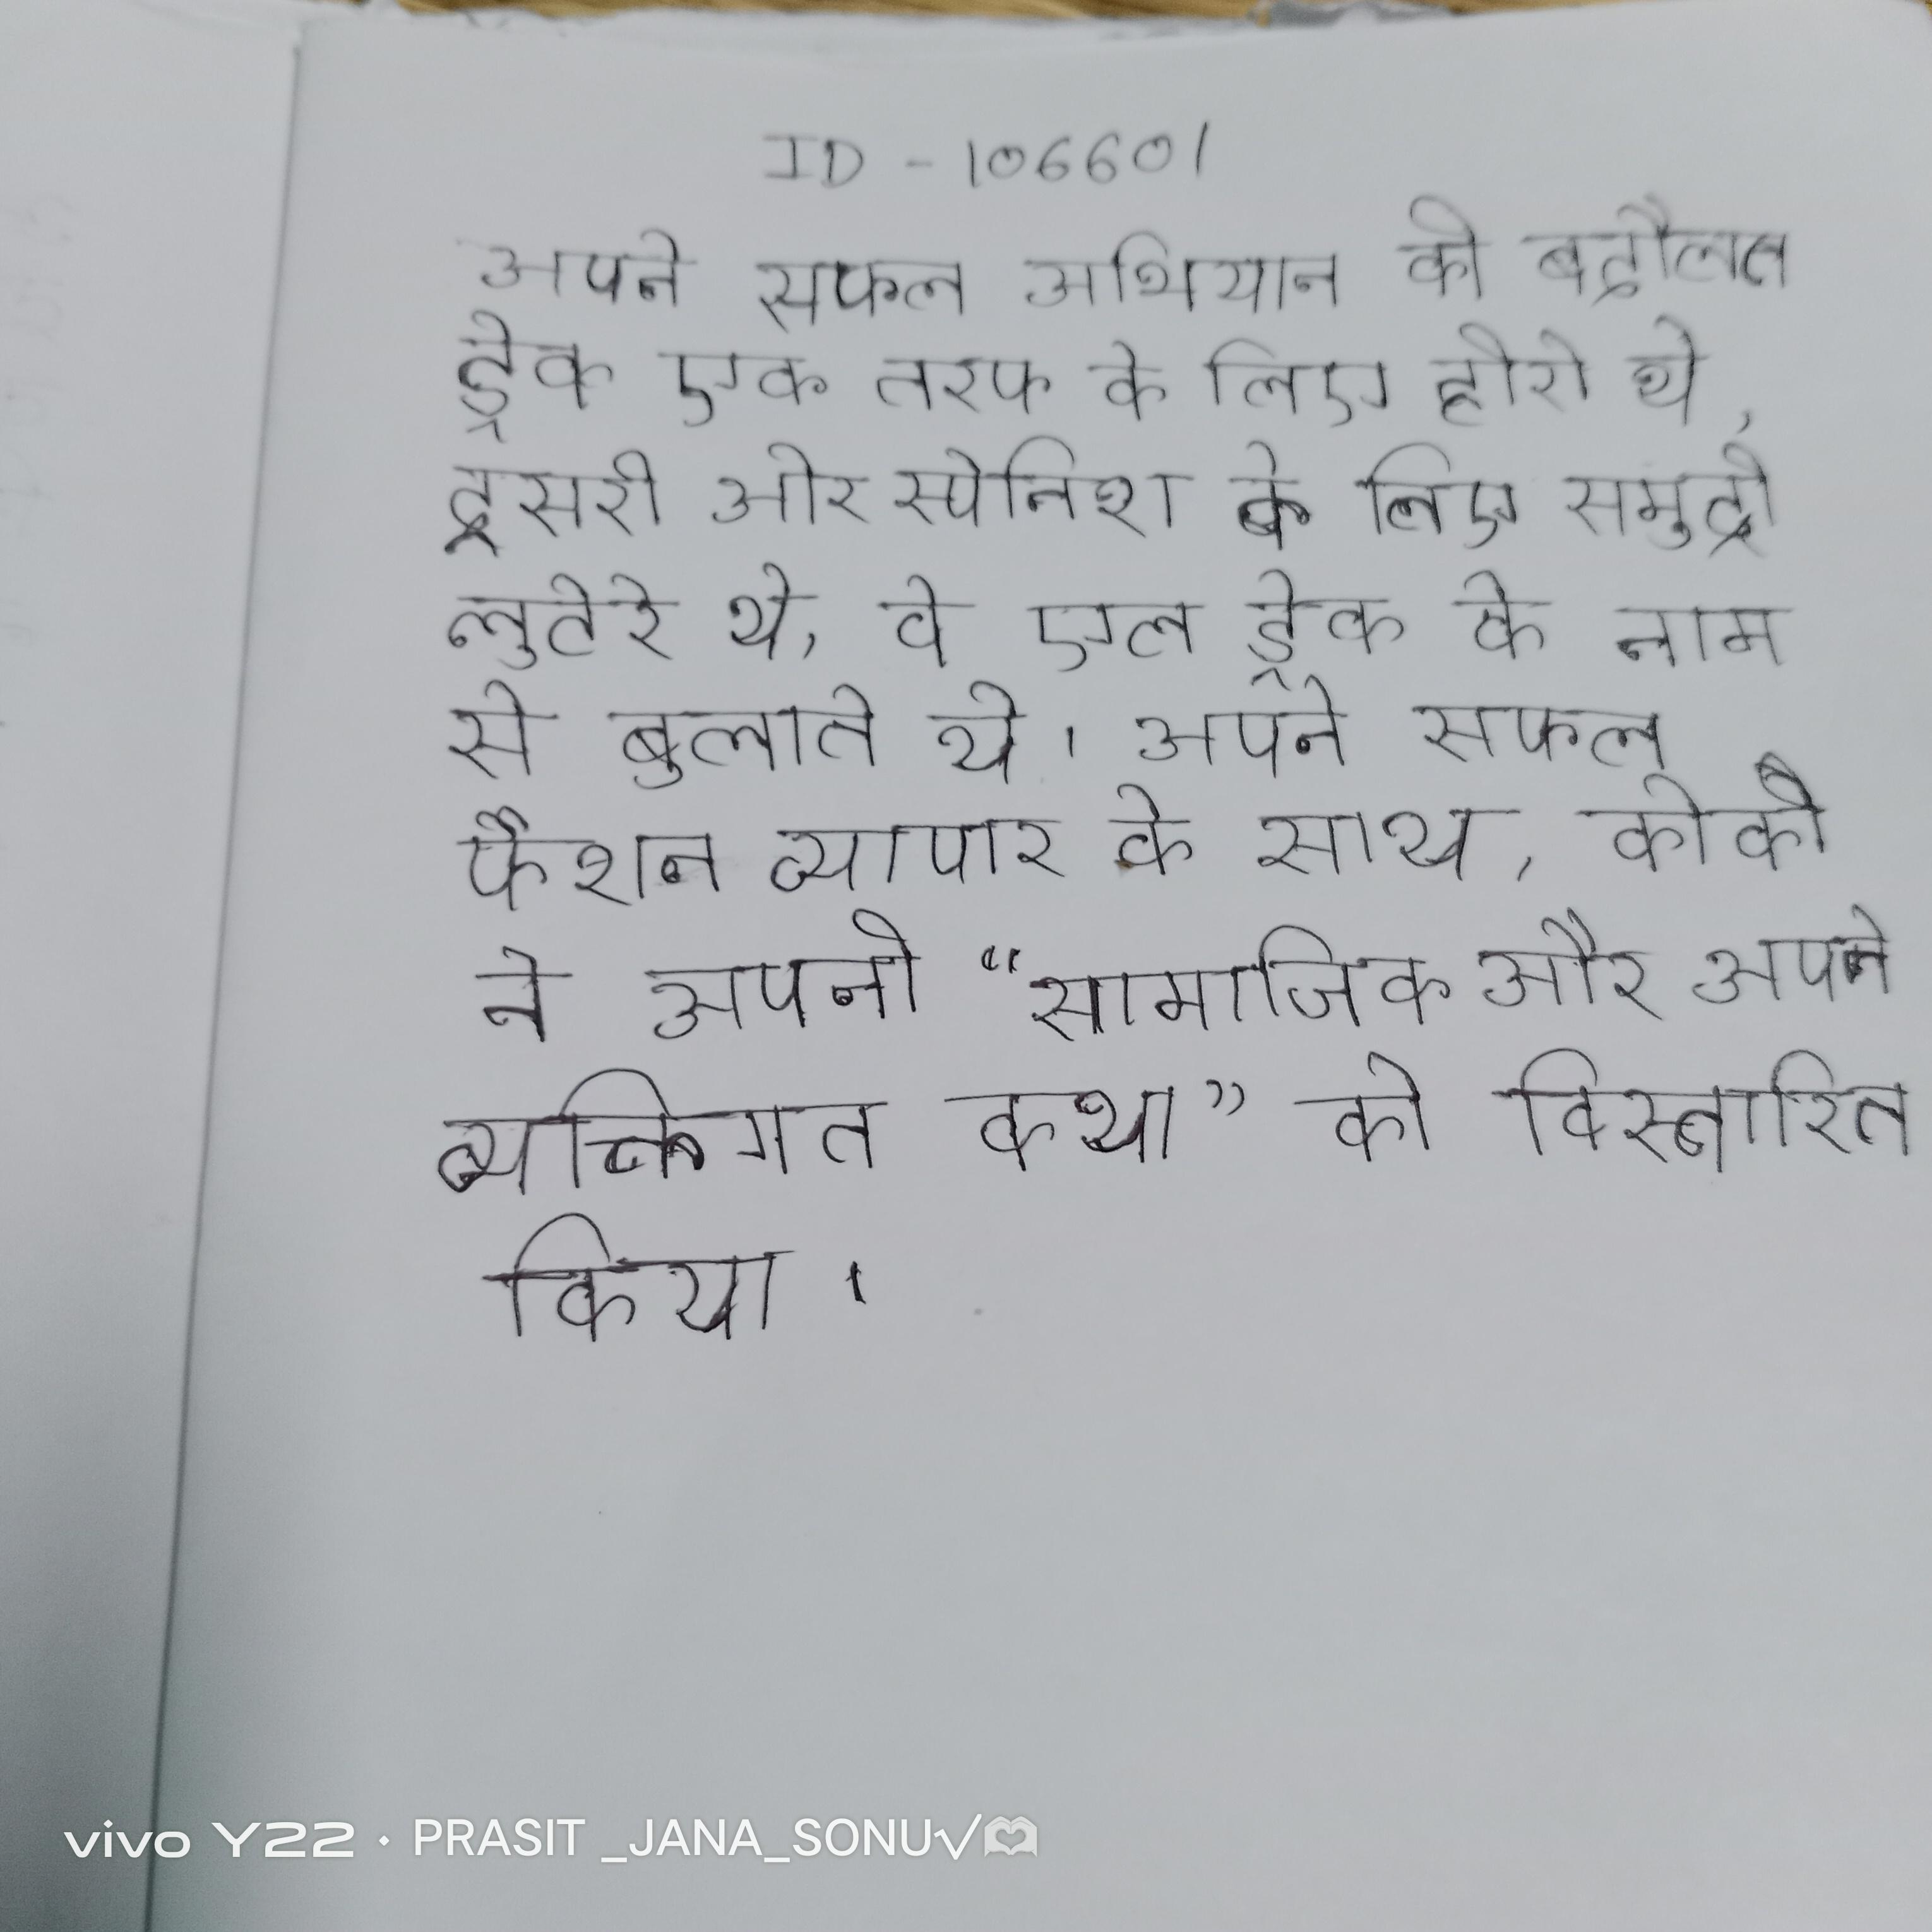
अपने सफल अभियान की बदौलत ड्रेक एक तरफ के लिए हीरो थे, दूसरी ओर स्पेनिश के लिए समुद्री लुटेरे थे, वे एल ड्रेक के नाम से बुलाते थे । अपने सफल फैशन व्यापार के साथ, कोको ने अपनी "सामाजिक और अपने व्यक्तिगत कथा" को विस्तारित किया ।